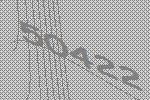
50422